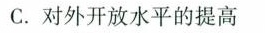
C.对外开放水平的提高